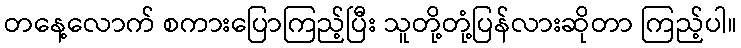
တနေ့လောက် စကားပြောကြည့်ပြီး သူတို့တုံ့ပြန်လားဆိုတာ ကြည့်ပါ။